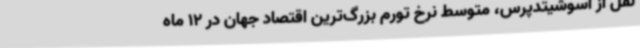
نقل از اسوشیتدپرس، متوسط نرخ تورم بزرگ‌ترین اقتصاد جهان در 12 ماه